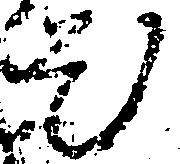
題